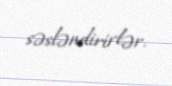
səsləndirirlər.